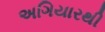
અગિયારથી